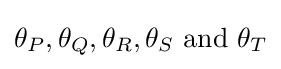
\theta _{P},\theta _{Q},\theta _{R},\theta _{S}{\text{ and }}\theta _{T}